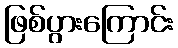
ဖြစ်ပွားကြောင်း